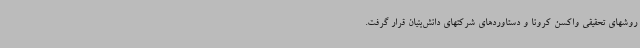
روشهای تحقیقی واکسن کرونا و دستاوردهای شرکتهای دانش‌بنیان قرار گرفت.